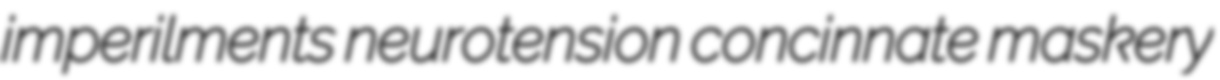
imperilments neurotension concinnate maskery